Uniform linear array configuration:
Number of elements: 16
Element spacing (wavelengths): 0.75
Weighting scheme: kaiser
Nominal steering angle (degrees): -60
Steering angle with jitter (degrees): -61.785
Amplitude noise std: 0.05
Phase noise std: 0.05

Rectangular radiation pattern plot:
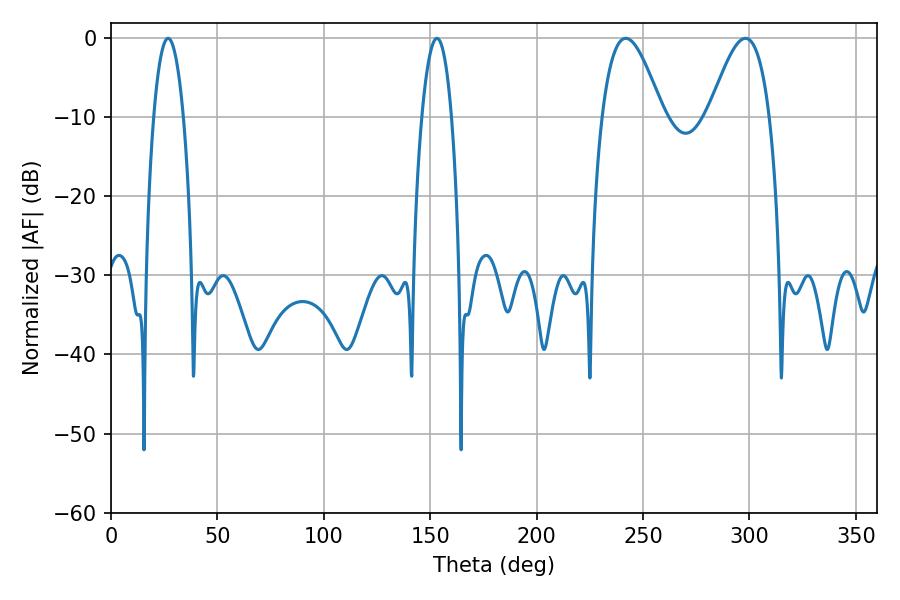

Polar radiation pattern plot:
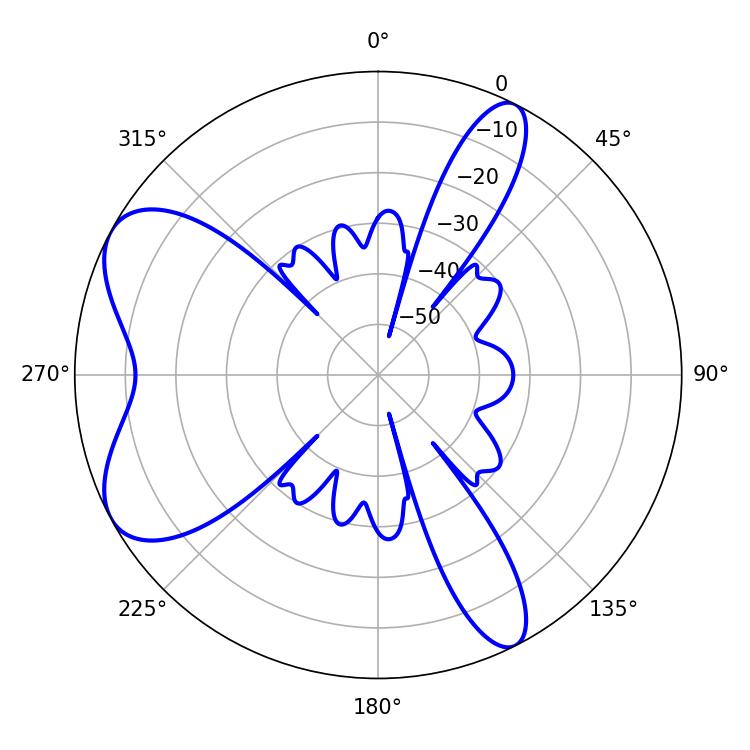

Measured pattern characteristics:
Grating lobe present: TRUE
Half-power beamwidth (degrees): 7.74
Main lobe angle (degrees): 26.82